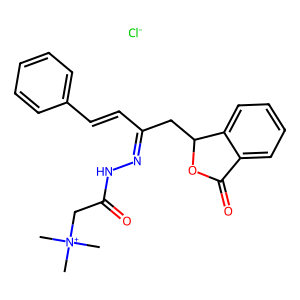
SMILES: C[N+](C)(C)CC(=O)NN=C(C=Cc1ccccc1)CC1OC(=O)c2ccccc21.[Cl-]
Inhibits HIV replication: No